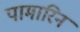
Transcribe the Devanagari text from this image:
पामारिन